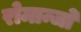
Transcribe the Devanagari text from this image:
रोमान्जो